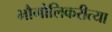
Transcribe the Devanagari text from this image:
भौगोलिकरीत्या